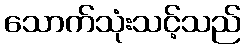
သောက်သုံးသင့်သည်